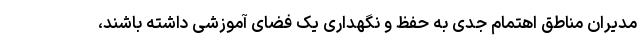
مدیران مناطق اهتمام جدی به حفظ و نگهداری یک فضای آموزشی داشته باشند،